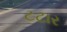
ટટાર